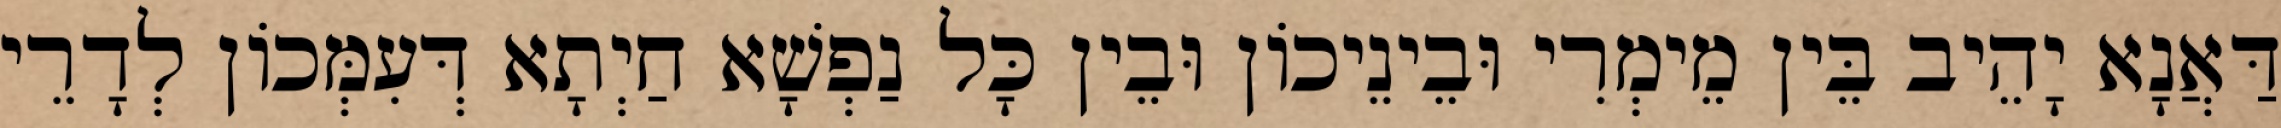
דַּאֲנָא יָהֵיב בֵּין מֵימְרִי וּבֵינֵיכוֹן וּבֵין כָּל נַפְשָׁא חַיְתָא דְּעִמְּכוֹן לְדָרֵי